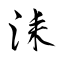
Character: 洡